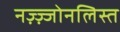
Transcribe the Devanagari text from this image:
नज़्ज़्जोनलिस्त